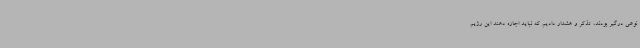
نوعی درگیر بودند، تذکر و هشدار دادیم که نباید اجازه دهند این رژیم